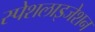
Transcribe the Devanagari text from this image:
स्पेशलाइजेशन